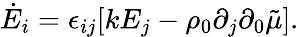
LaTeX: \dot{E}_{i}=\epsilon_{ij}[kE_{j}-\rho_{0}\partial_{j}\partial_{0}\tilde{\mu}].